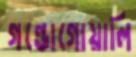
গন্ডোগোয়ালি